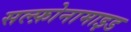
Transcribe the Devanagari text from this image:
सल्फ़ोनामाइड